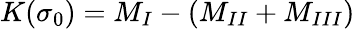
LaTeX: K(\sigma_{0})=M_{I}-(M_{II}+M_{III})